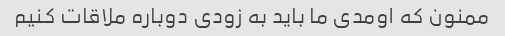
ممنون که اومدی ما باید به زودی دوباره ملاقات کنیم